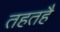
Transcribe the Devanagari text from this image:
तहतहै